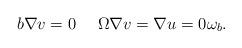
LaTeX: \begin{align*}b\nabla v=0\ \ \ \ \Omega \nabla v= \nabla u=0 \omega_b.\end{align*}